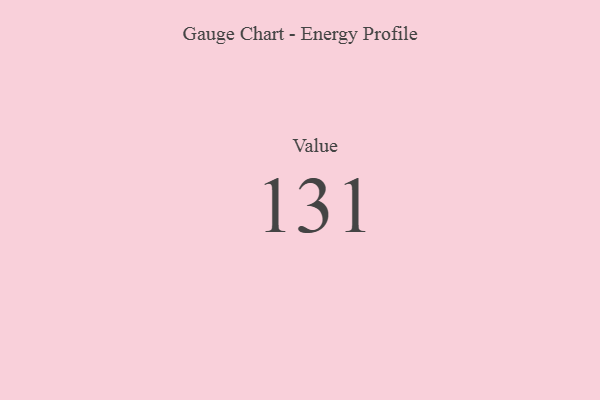
{"axis": {"x": "Metric", "y": "Value"}, "legend": [""], "data": [{"x": "Value", "y": 131, "type": ""}]}